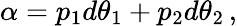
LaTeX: \alpha=p_{1}d\theta_{1}+p_{2}d\theta_{2}\, ,